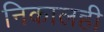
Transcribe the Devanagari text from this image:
निकालही